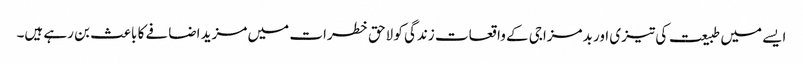
ایسے میں طبیعت کی تیزی اور بدمزاجی کے واقعات زندگی کو لاحق خطرات میں مزید اضافے کا باعث بن رہے ہیں۔